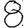
Digit: 8